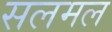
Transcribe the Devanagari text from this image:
सलमल